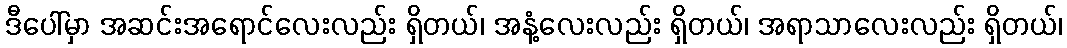
ဒီပေါ်မှာ အဆင်းအရောင်လေးလည်း ရှိတယ်၊ အနံ့လေးလည်း ရှိတယ်၊ အရာသာလေးလည်း ရှိတယ်၊